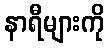
နာရီများကို